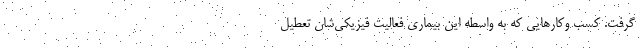
گرفت. کسب وکارهایی که به واسطه این بیماری فعالیت فیزیکی‌شان تعطیل